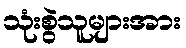
သုံးစွဲသူများအား